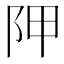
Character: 𨸺